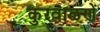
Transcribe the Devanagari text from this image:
कुरवाळणें